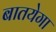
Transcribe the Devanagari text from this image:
बातयेगा